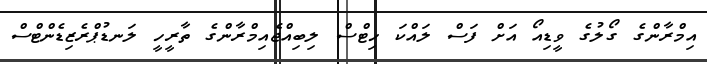
އިމްރާންގެ ގޯލުގެ ވީޑިއޯ އަށް ފަސް ލައްކަ ހިޓްސް ލިބިއްޖެއިމްރާންގެ ތާރީހީ ލަނޑުޕްރެޒިޑެންޓްސް